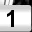
Digit: 1